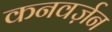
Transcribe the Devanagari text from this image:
कनवर्ज़न